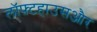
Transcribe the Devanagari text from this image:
लॉफ़्टहाउसऔर